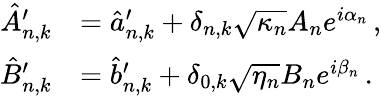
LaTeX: \begin{array}{rl}{\hat{A}_{n,k}^{\prime}}&{=\hat{a}_{n,k}^{\prime}+\delta_{n,k}\sqrt{\kappa_{n}}A_{n}e^{i\alpha_{n}}\, ,}\\ {\hat{B}_{n,k}^{\prime}}&{=\hat{b}_{n,k}^{\prime}+\delta_{0,k}\sqrt{\eta_{n}}B_{n}e^{i\beta_{n}}\, .}\end{array}